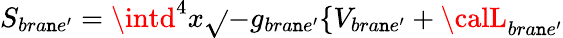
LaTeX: S_{bra\mathtt{n}e^{\prime}}=\intd^{4}x\sqrt{}{{-g_{bra\mathtt{n}e^{\prime}}}}\{ V_{bra\mathtt{n}e^{\prime}}+{\calL}_{bra\mathtt{n}e^{\prime}}